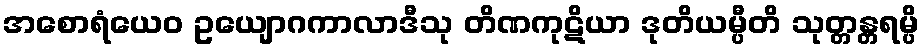
အစောရံယေဝ ဥယျောဂကာလာဒီသု တိဏကုဋိယာ ဒုတိယမ္ပီတိ သုတ္တန္တရမ္ပိ